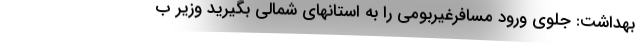
بهداشت: جلوی ورود مسافرغیربومی را به استانهای شمالی بگیرید وزیر ب